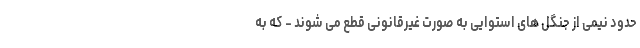
حدود نیمی از جنگل های استوایی به صورت غیرقانونی قطع می شوند - که به